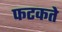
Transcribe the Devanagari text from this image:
फटकते